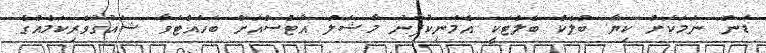
ޑަން" ނަމަކަށް ކިޔާ ބްލެކް ބެލްޓަކީ އެމަނިކުފާނު މާޝަލް އާޓްސްއަށް ބަހައްޓަވާ ޝައުގުވެރިކަމެއްގެ